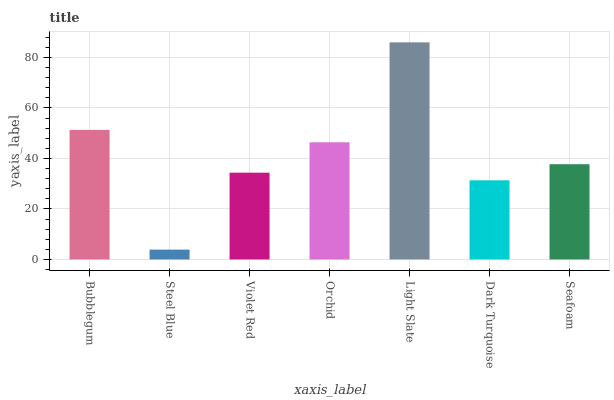
| xaxis_label | bars |
 | --- | --- |
 | Bubblegum | 51.3 |
 | Steel Blue | 3.89 |
 | Violet Red | 34.4 |
 | Orchid | 46.4 |
 | Light Slate | 86 |
 | Dark Turquoise | 31.3 |
 | Seafoam | 37.7 |